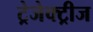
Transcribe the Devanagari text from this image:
ट्रेजेक्ट्रीज